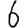
Digit: 6